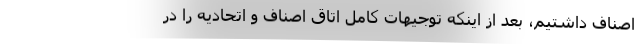
اصناف داشتیم، بعد از اینکه توجیهات کامل اتاق اصناف و اتحادیه را در